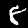
Digit: 8